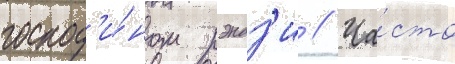
господ'и́ном рэндз'и // Ча́сто